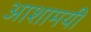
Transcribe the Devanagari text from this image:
आशामयी